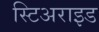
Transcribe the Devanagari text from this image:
स्टिअराइड